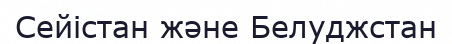
Сейістан және Белуджстан